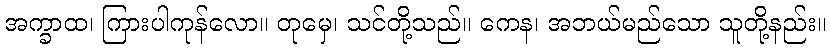
အက္ခာထ၊ ကြားပါကုန်လော။ တုမှေ၊ သင်တို့သည်။ ကေန၊ အဘယ်မည်သော သူတို့နည်း။